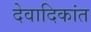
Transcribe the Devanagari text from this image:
देवादिकांत